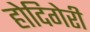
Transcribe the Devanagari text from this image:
होदिगेरी